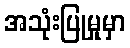
အသုံးပြုမှုမှာ